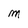
Character: M